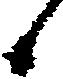
候